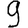
Digit: 9